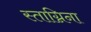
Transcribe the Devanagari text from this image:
स्ताग्निना